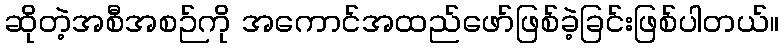
ဆိုတဲ့အစီအစဉ်ကို အကောင်အထည်ဖော်ဖြစ်ခဲ့ခြင်းဖြစ်ပါတယ်။